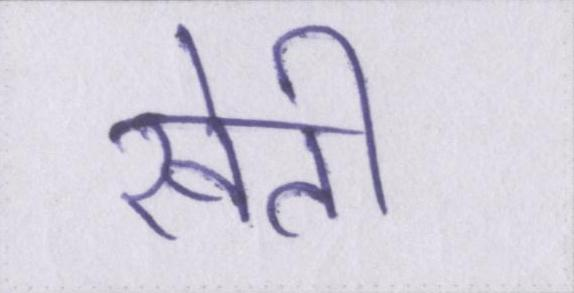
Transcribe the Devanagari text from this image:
खेती